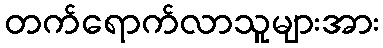
တက်ရောက်လာသူများအား